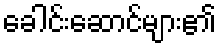
ခေါင်းဆောင်များ၏